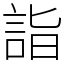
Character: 詣